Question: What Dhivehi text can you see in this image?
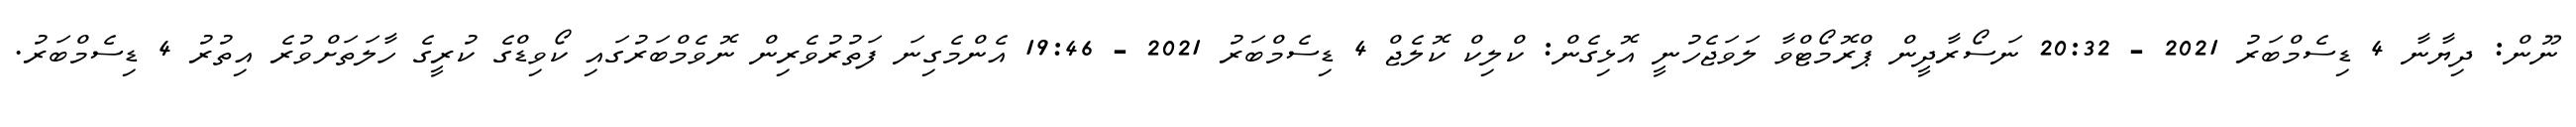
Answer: ނޫން: ދިޔާނާ 4 ޑިސެމްބަރު 2021 - 20:32 ނަސޯރާދީން ޕްރޮމޯޓްވާ ލަވަޖެހުނީ އޮޅިގެން: ކްލިކް ކޮލެޖް 4 ޑިސެމްބަރު 2021 - 19:46 އެންމެގިނަ ފަތުރުވެރިން ނޮވެމްބަރުގައި ކޯވިޑްގެ ކުރީގެ ހާލަތަށްވުރެ އިތުރު 4 ޑިސެމްބަރު.